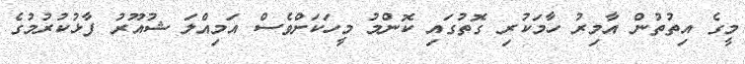
މީގެ އިތުތުން އާމިރު ހާމަކުރި ގޮތުގައި ކޮންމު މީހަކަށްވެސް އަމިއްލަ ޝުއޫރު ފާޅުކުރުމުގެ